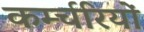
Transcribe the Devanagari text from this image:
कर्म्चरियों